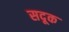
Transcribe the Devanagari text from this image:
सदूक